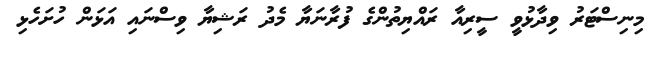
މިނިސްޓަރު ވިދާޅުވީ ސީރިއާ ރައްޔިތުންގެ ފުރާނަޔާ މެދު ރަޝިޔާ ވިސްނައި އަޅަން ހުށަހެޅި